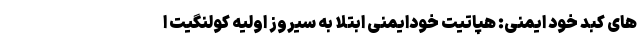
های کبد خود ایمنی: هپاتیت خودایمنی ابتلا به سیروز اولیه کولنگیت ا